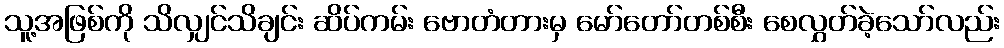
သူ့အဖြစ်ကို သိလျှင်သိချင်း ဆိပ်ကမ်း ဗောတံတားမှ မော်တော်တစ်စီး စေလွှတ်ခဲ့သော်လည်း